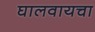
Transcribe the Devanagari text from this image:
घालवायचा